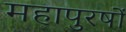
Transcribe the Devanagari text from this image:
महापुरषों